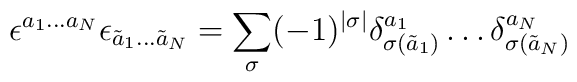
\epsilon^{a_1\dots a_N}\epsilon_{\tilde a_1 \dots \tilde a_N}= \sum_{\sigma} (-1)^{|\sigma|} \delta^{a_1}_{\sigma(\tilde a_1)}\dots\delta^{a_{N}} _{\sigma(\tilde a_N)}